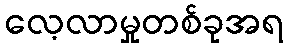
လေ့လာမှုတစ်ခုအရ